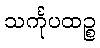
သင်္ကုပထဉ္စ